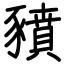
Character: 豶